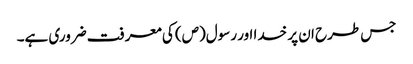
جس طرح ان پر خدا اور رسول(ص) کی معرفت ضروری ہے۔